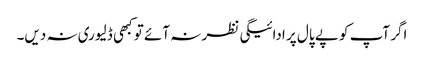
اگر آپ کو پے پال پر ادائیگی نظر نہ آئے تو کبھی ڈلیوری نہ دیں۔